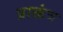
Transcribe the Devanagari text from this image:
प्राक्तंत्र